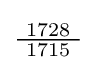
{\tfrac {\ 1728\ }{1715}}